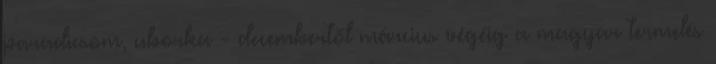
paradicsom, uborka - decembertől március végéig a magyar termelés